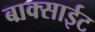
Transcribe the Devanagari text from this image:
बाक्साईट